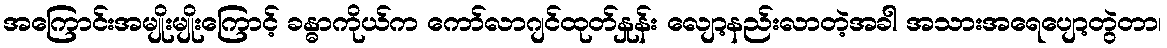
အကြောင်းအမျိုးမျိုးကြောင့် ခန္ဓာကိုယ်က ကော်လာဂျင်ထုတ်နှုန်း လျော့နည်းလာတဲ့အခါ အသားအရေပျော့တွဲတာ၊